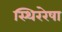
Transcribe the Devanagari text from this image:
स्थिररेषा